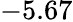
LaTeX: -5.67